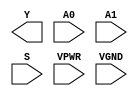
module sky130_fd_sc_hs__mux2i (
    Y   ,
    A0  ,
    A1  ,
    S   ,
    VPWR,
    VGND
);

    output Y   ;
    input  A0  ;
    input  A1  ;
    input  S   ;
    input  VPWR;
    input  VGND;
endmodule